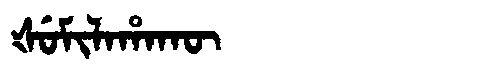
Manchu: ᡧᡠᠮᡳᠯᠠᡥᠠᡴᡡ
Romanization: ŠUMILAHAKŪ